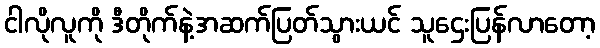
ငါလိုလူကို ဒီတိုက်နဲ့အဆက်ပြတ်သွားယင် သူဌေးပြန်လာတော့